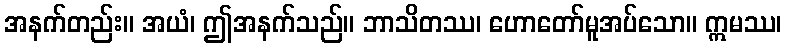
အနက်တည်း။ အယံ၊ ဤအနက်သည်။ ဘာသိတဿ၊ ဟောတော်မူအပ်သော။ ဣမဿ၊